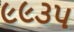
૯૯૩૫